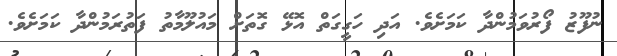
ނުފޫޒު ފޯރުވަމުންދާ ކަމަށެވެ. އަދި ހަގީގަތް އޮޅޭ ގޮތަށް މައުލޫމާތު ފަތުރަމުންދާ ކަމަށެވެ.